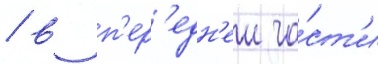
/ в п'ер'едн'еи ча́ст'и